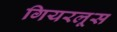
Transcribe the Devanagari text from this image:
गियरलूस